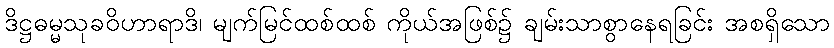
ဒိဋ္ဌဓမ္မသုခဝိဟာရာဒိ၊ မျက်မြင်ထစ်ထစ် ကိုယ်အဖြစ်၌ ချမ်းသာစွာနေရခြင်း အစရှိသော